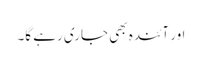
اور آئندہ بھی جاری رہے گا۔